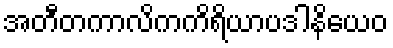
အတီတကာလိကကိရိယာပဒါနိယေဝ